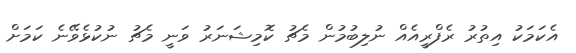
އެކަމަކު އިތުރު ރެފްރީއެއް ނުލިބުމުން މެޗު ކޮމިޝަނަރު ވަނީ މެޗު ނުކުޅެވޭނެ ކަމަށް